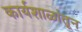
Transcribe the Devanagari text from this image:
कार्यशाळांतून